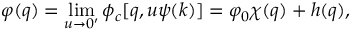
\varphi ( q ) = \operatorname * { l i m } _ { u \to 0 ^ { \prime } } \phi _ { c } [ q , u \psi ( k ) ] = \varphi _ { 0 } \chi ( q ) + h ( q ) ,